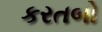
કરતબો